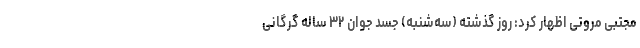
مجتبی مروتی اظهار کرد: روز گذشته (سه‌شنبه) جسد جوان ۳۲ ساله گرگانی